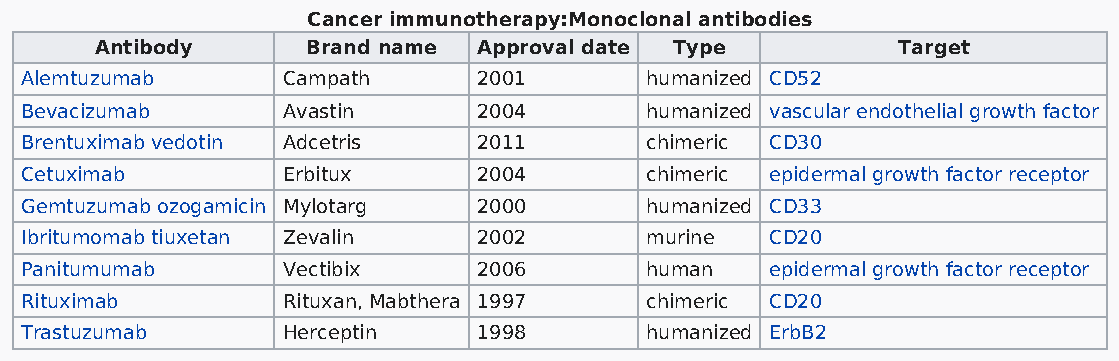
Cancer immunotherapy:Monoclonal antibodies
 Antibody      Brand name  Approval date Type         Target
 Alemtuzumab       Campath      2001       humanized CD52
 Bevacizumab       Avastin      2004       humanized vascular endothelial growth factor
 Brentuximab vedotin Adcetris   2011       chimeric CD30
 Cetuximab         Erbitux      2004       chimeric epidermal growth factor receptor
 Gemtuzumab ozogamicin Mylotarg 2000       humanized CD33
 Ibritumomab tiuxetan Zevalin   2002       murine  CD20
 Panitumumab       Vectibix     2006       human   epidermal growth factor receptor
 Rituximab         Rituxan, Mabthera 1997  chimeric CD20
 Trastuzumab       Herceptin    1998       humanized ErbB2